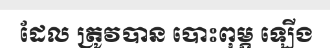
ដែល ត្រូវបាន បោះពុម្ភ ឡើង